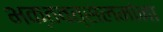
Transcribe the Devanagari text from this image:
भक्तवत्सलमांना